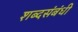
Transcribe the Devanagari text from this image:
शब्दसंबंधी